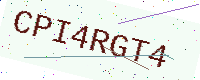
Text: CPI4RGT4